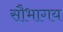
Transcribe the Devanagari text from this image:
सौभागय